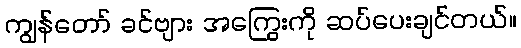
ကျွန်တော် ခင်ဗျား အကြွေးကို ဆပ်ပေးချင်တယ်။